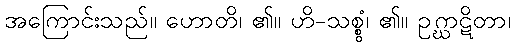
အကြောင်းသည်။ ဟောတိ၊ ၏။ ဟိ-သစ္စွံ၊ ၏။ ဥဂ္ဃာဋိတာ၊